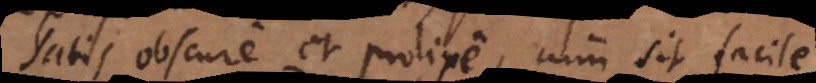
satis obscure et prolixe, cum sit facile.